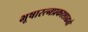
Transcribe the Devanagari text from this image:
भूषारत्नप्रकाशाढ्यो